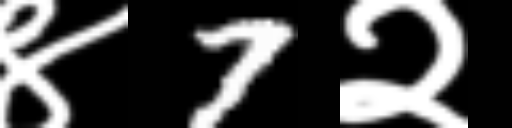
Text: ४7२